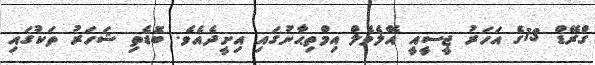
ގްރޭޑް 13ގެ އަހަރު ޖީސީއީ އޭލެވެލް އިމްތިޙާނުގައި އިށީދެއެވެ. ބޮޑެތި ޝަހަރު ތަކުގައި